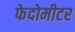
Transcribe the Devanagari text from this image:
फेदोमीटर